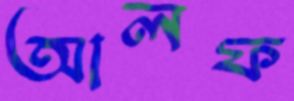
আলফ